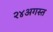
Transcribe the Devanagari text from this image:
२४अगस्त